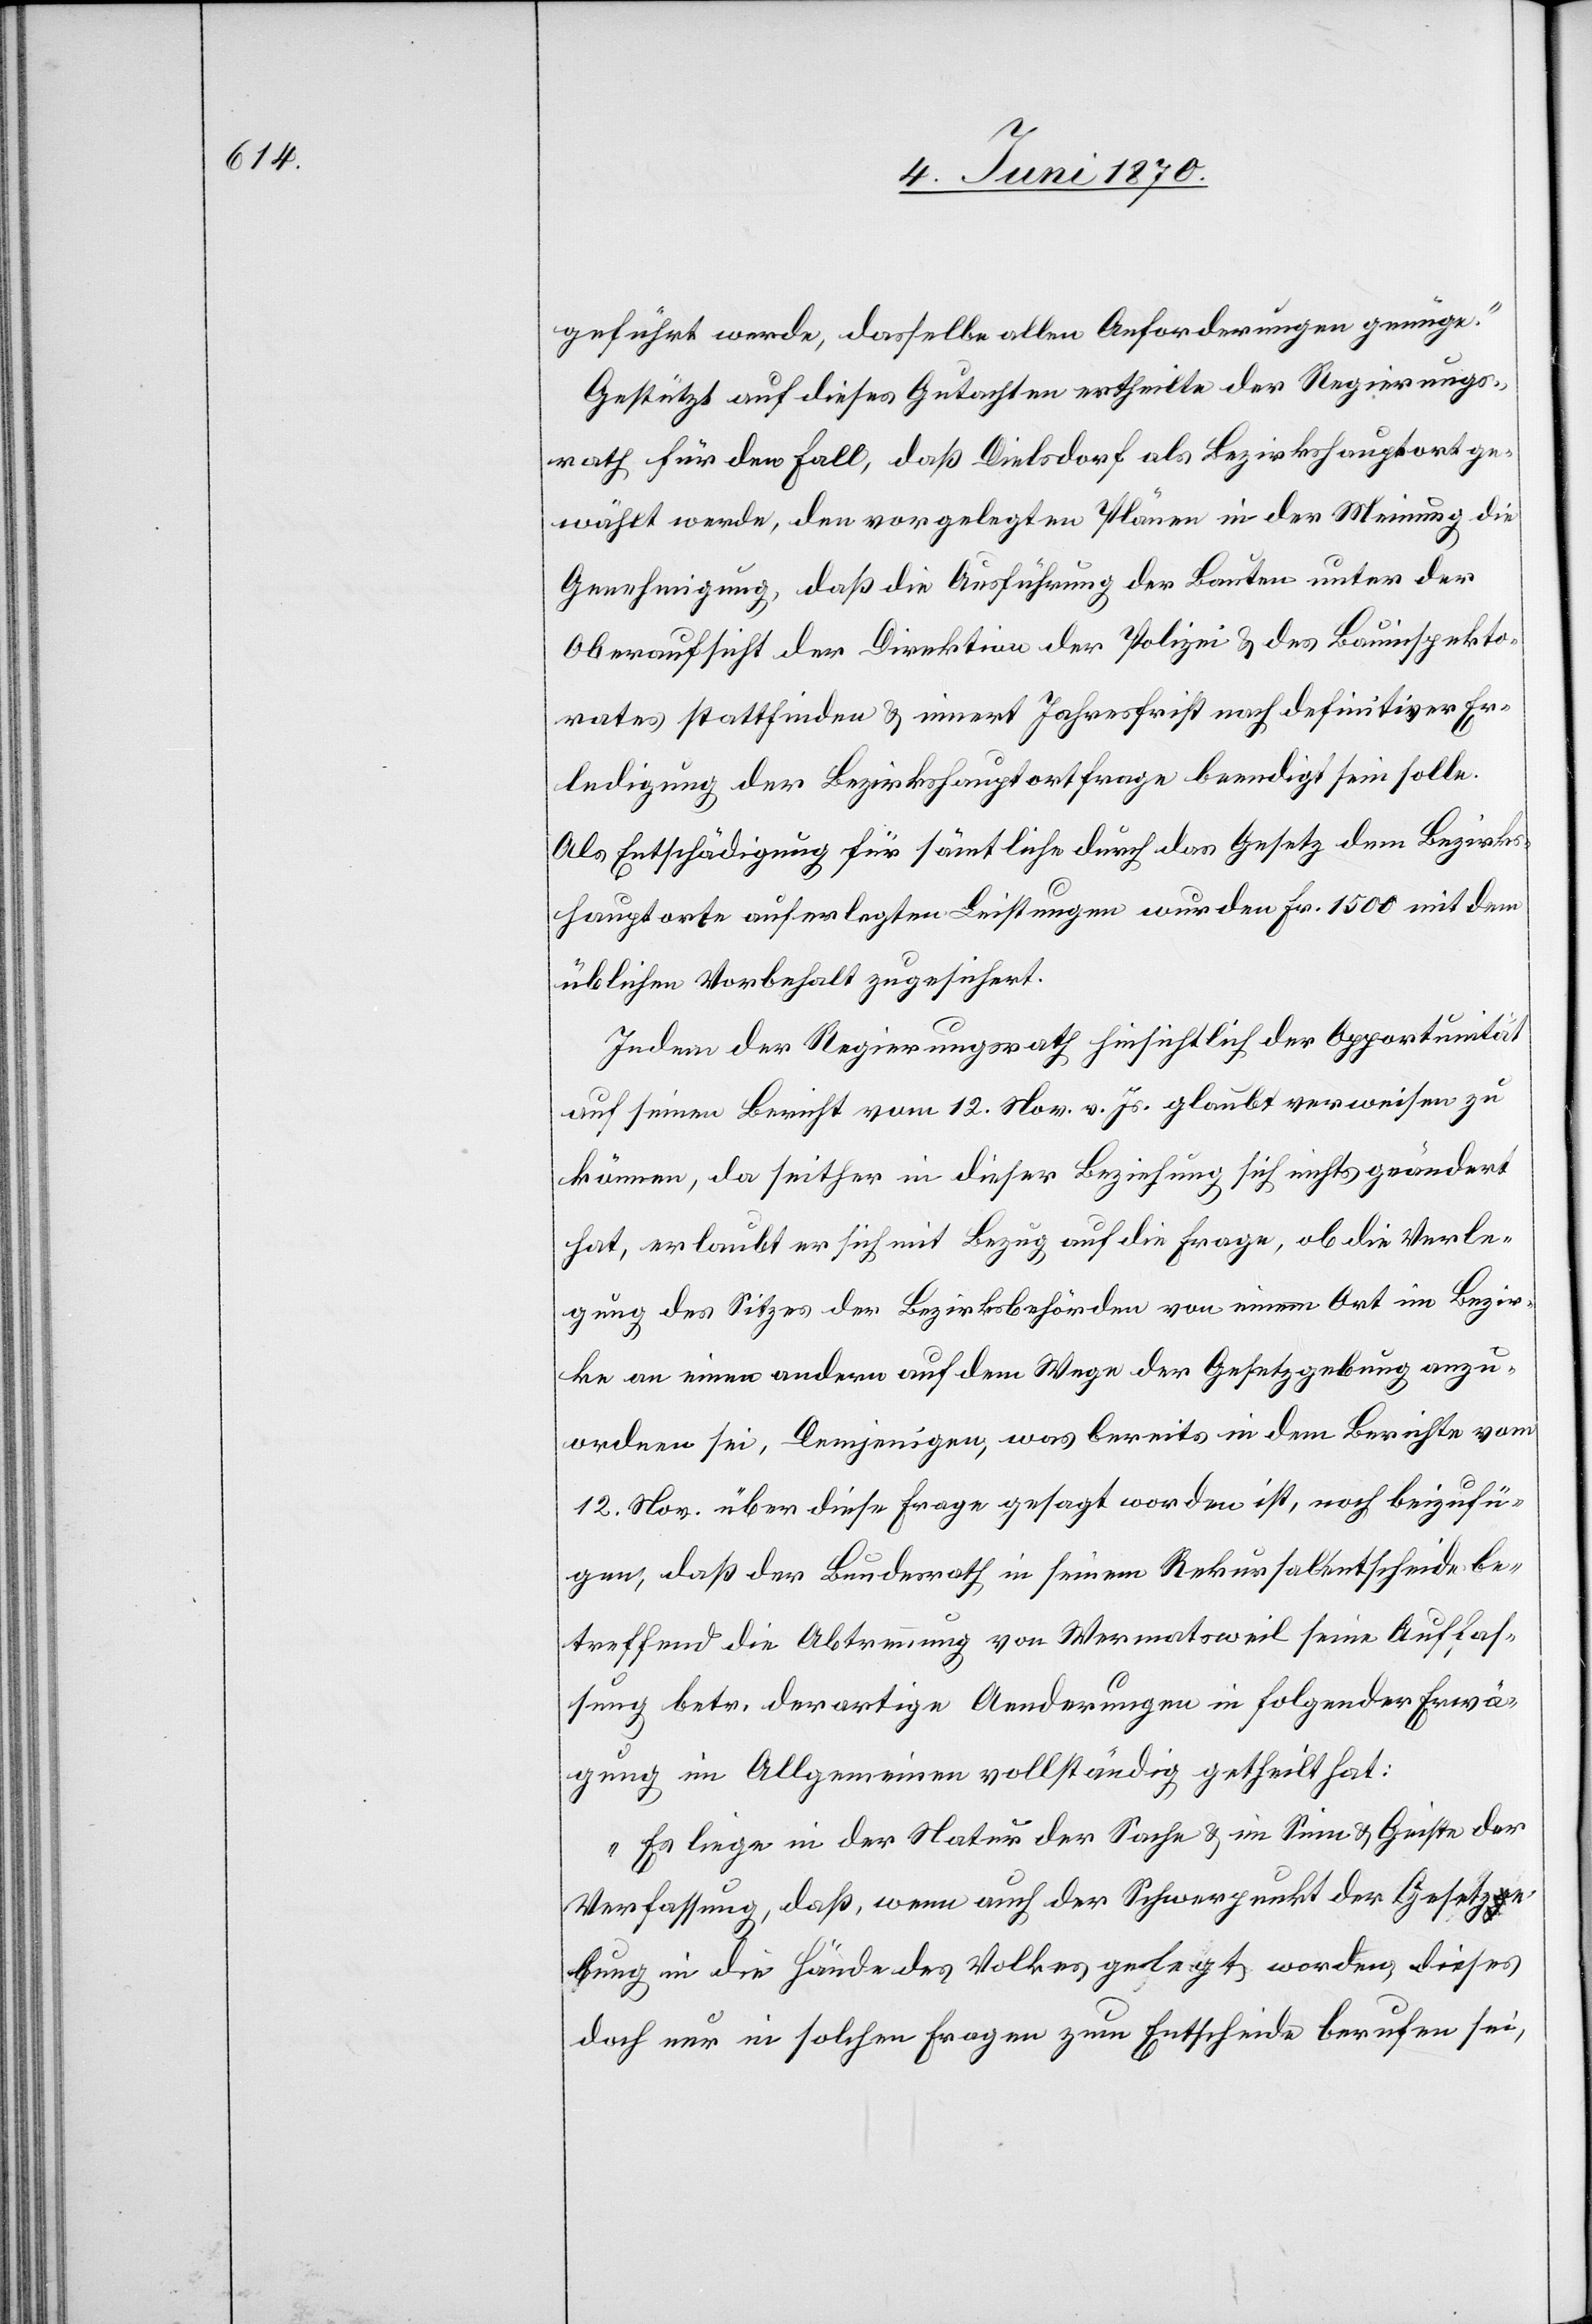
geführt werde, dasselbe allen Anforderungen genüge.“
Gestützt auf dieses Gutachten ertheilte der Regierungs¬
rath für den Fall, daß Dielsdorf als Bezirkshauptort ge¬
wählt werde, den vorgelegten Plänen in der Meinung die
Genehmigung, daß die Ausführung der Bauten unter der
Oberaufsicht der Direktion der Polizei & des Bauinspekto¬
rates stattfinden & innert Jahresfrist nach definitiver Er¬
ledigung der Bezirkshauptortfrage beendigt sein solle.
Als Entschädigung für sämtliche durch das Gesetz dem Bezirks¬
hauptorte auferlegten Leistungen wurden Fr. 1500 mit dem
üblichen Vorbehalt zugesichert.
Indem der Regierungsrath hinsichtlich der Opportunität
auf seinen Bericht vom 12. Nov. vor. Js. glaubt verweisen zu
können, da seither in dieser Beziehung sich nichts geändert
hat, erlaubt er sich mit Bezug auf die Frage, ob die Verle¬
gung des Sitzes der Bezirksbehörden von einem Ort im Bezir¬
ke an einen andern auf dem Wege der Gesetzgebund anzu¬
ordnen sei, Demjenigen [sic!], was bereits in dem Berichte vom
12. Nov. über diese Frage gesagt worden ist, noch beizufü¬
gen, daß der Bundesrath in seinem Rekursalentscheide be¬
treffend die Abtrennung von Wermatsweil seine Auffas¬
sung betr. derartige Aenderungen in folgender Erwä¬
gung im Allgemeinen vollständig getheilt hat:
„Es liege in der Natur der Sache & im Sinne & Geiste der
Verfassung, daß, wenn auch der Schwerpunkt der Gesetzge¬
bung in die Hände des Volkes gelegt worden, dieses
doch nur in solchen Fragen zum Entscheide berufen sei,